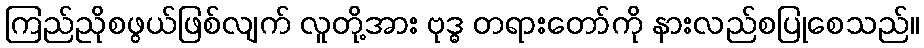
ကြည်ညိုစဖွယ်ဖြစ်လျက် လူတို့အား ဗုဒ္ဓ တရားတော်ကို နားလည်စပြုစေသည်။